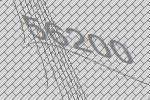
56200